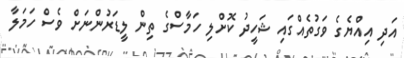
އަދި އިއްޔެގެ ވަގުތެއްގައި ޝަހީދު ކޮށްލި ހަމާސްގެ ތިން ލީޑަރުންނަށް ވެސް ހަމަލާ